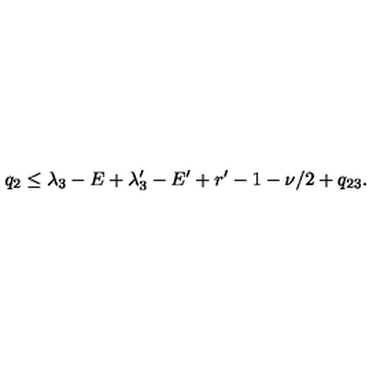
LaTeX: q _ { 2 } \le \lambda _ { 3 } - E + \lambda _ { 3 } ^ { \prime } - E ^ { \prime } + r ^ { \prime } - 1 - \nu / 2 + q _ { 2 3 } .